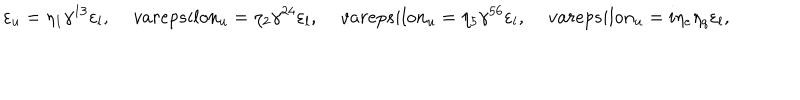
\varepsilon _ { u } = \eta _ { 1 } \gamma ^ { 1 3 } \varepsilon _ { l } , \, v a r e p s i l o n _ { u } = \eta _ { 2 } \gamma ^ { 2 4 } \varepsilon _ { l } , \, v a r e p s i l o n _ { u } = \eta _ { 5 } \gamma ^ { 5 6 } \varepsilon _ { l } , \, v a r e p s i l o n _ { u } = i \eta _ { e } \eta _ { q } \varepsilon _ { l } ,